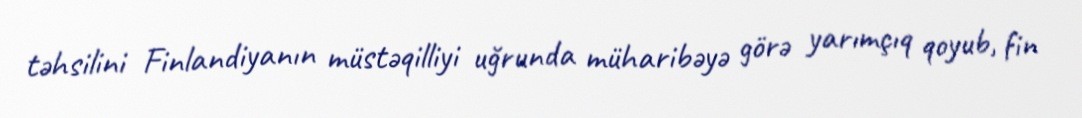
təhsilini Finlandiyanın müstəqilliyi uğrunda müharibəyə görə yarımçıq qoyub, fin